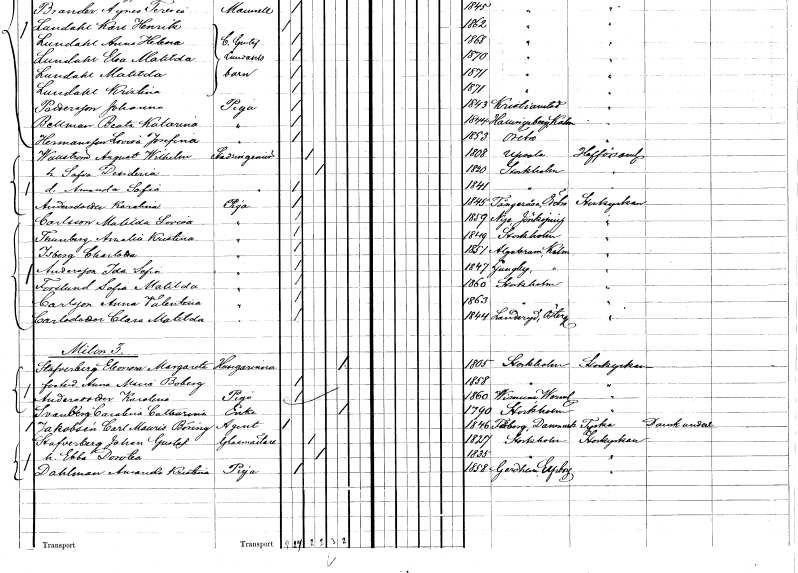
gt_parse: households: individuals: FN: August Wilhelm
EN: Wallström
YRKE: Stadsingenjör
KON: M
CIV: G
FODAR: 1808
FODFORS: Uppsala Uppsala län
FN: Sofia Desideria
KON: K
CIV: G
FODAR: 1820
FODFORS: Stockholm
FN: Amanda Sofia
KON: K
CIV: O
FODAR: 1841
FODFORS: Stockholm
FN: Karolina
EN: Andersdotter
YRKE: Piga
KON: K
CIV: O
FODAR: 1845
FODFORS: Tångeråsa Örebro län
FN: Matilda Lovisa
EN: Carlsson
YRKE: Piga
KON: K
CIV: O
FODAR: 1859
FODFORS: Nye Jönköpings län
FN: Amalia Kristina
EN: Thunberg
YRKE: Piga
KON: K
CIV: O
FODAR: 1849
FODFORS: Stockholm
FN: Charlotta
EN: Isberg
YRKE: Piga
KON: K
CIV: O
FODAR: 1851
FODFORS: Algutsrum Kalmar län
FN: Ida Sofia
EN: Andersson
YRKE: Piga
KON: K
CIV: O
FODAR: 1847
FODFORS: Ljungby Kalmar län
FN: Sofia Matilda
EN: Forslund
YRKE: Piga
KON: K
CIV: O
FODAR: 1860
FODFORS: Stockholm
FN: Anna Valentina
EN: Carlsson
YRKE: Piga
KON: K
CIV: O
FODAR: 1863
FODFORS: Stockholm
FN: Clara Matilda
EN: Carlsdotter
YRKE: Piga
KON: K
CIV: O
FODAR: 1844
FODFORS: Landeryd Östergötlands län
FN: Eleonora Margareta
EN: Stafverberg
YRKE: Husägarinna
KON: K
CIV: E
FODAR: 1805
FODFORS: Stockholm
FN: Anna Maria
EN: Boberg
KON: K
CIV: O
FODAR: 1858
FODFORS: Stockholm
FN: Karolina
EN: Andersdotter
YRKE: Piga
KON: K
CIV: O
FODAR: 1860
FODFORS: Visnum Värmlands län
FN: Carolina Catharina
EN: Svanberg
YRKE: Änka
KON: K
CIV: E
FODAR: 1790
FODFORS: Stockholm
FN: Carl Maurits Böring
EN: Jakobsén
YRKE: Agent
KON: M
CIV: O
FODAR: 1846
FN: Johan Gustaf
EN: Stafverberg
YRKE: Glasmästare
KON: M
CIV: G
FODAR: 1827
FODFORS: Stockholm
FN: Ebba Dorotea
KON: K
CIV: G
FODAR: 1835
FODFORS: Stockholm
FN: Amanda Kristina
EN: Dahlman
YRKE: Piga
KON: K
CIV: O
FODAR: 1858
FODFORS: Gärdhem Älvsborgs län